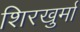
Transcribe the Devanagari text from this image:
शिरखुर्मा